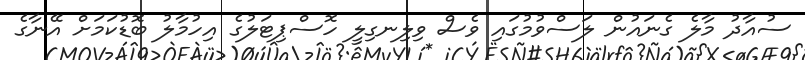
ސުއާދު މާލެ ގެނައުން ލަސްވުމުގައި ވެސް ވިލިނގިލީ ހޮސްޕިޓަލުގެ އިހުމާލު ބޮޑުކަމަށް އޭނާގެ